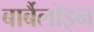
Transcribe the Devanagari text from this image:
बार्बैलॉइन